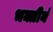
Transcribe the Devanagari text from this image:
भक्तीनं